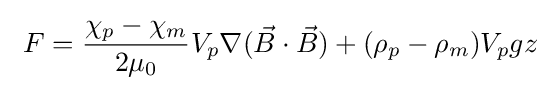
\ F={\frac {\chi _{p}-\chi _{m}}{2\mu _{0}}}V_{p}\nabla ({\vec {B}}\cdot {\vec {B}})+(\rho _{p}-\rho _{m})V_{p}gz